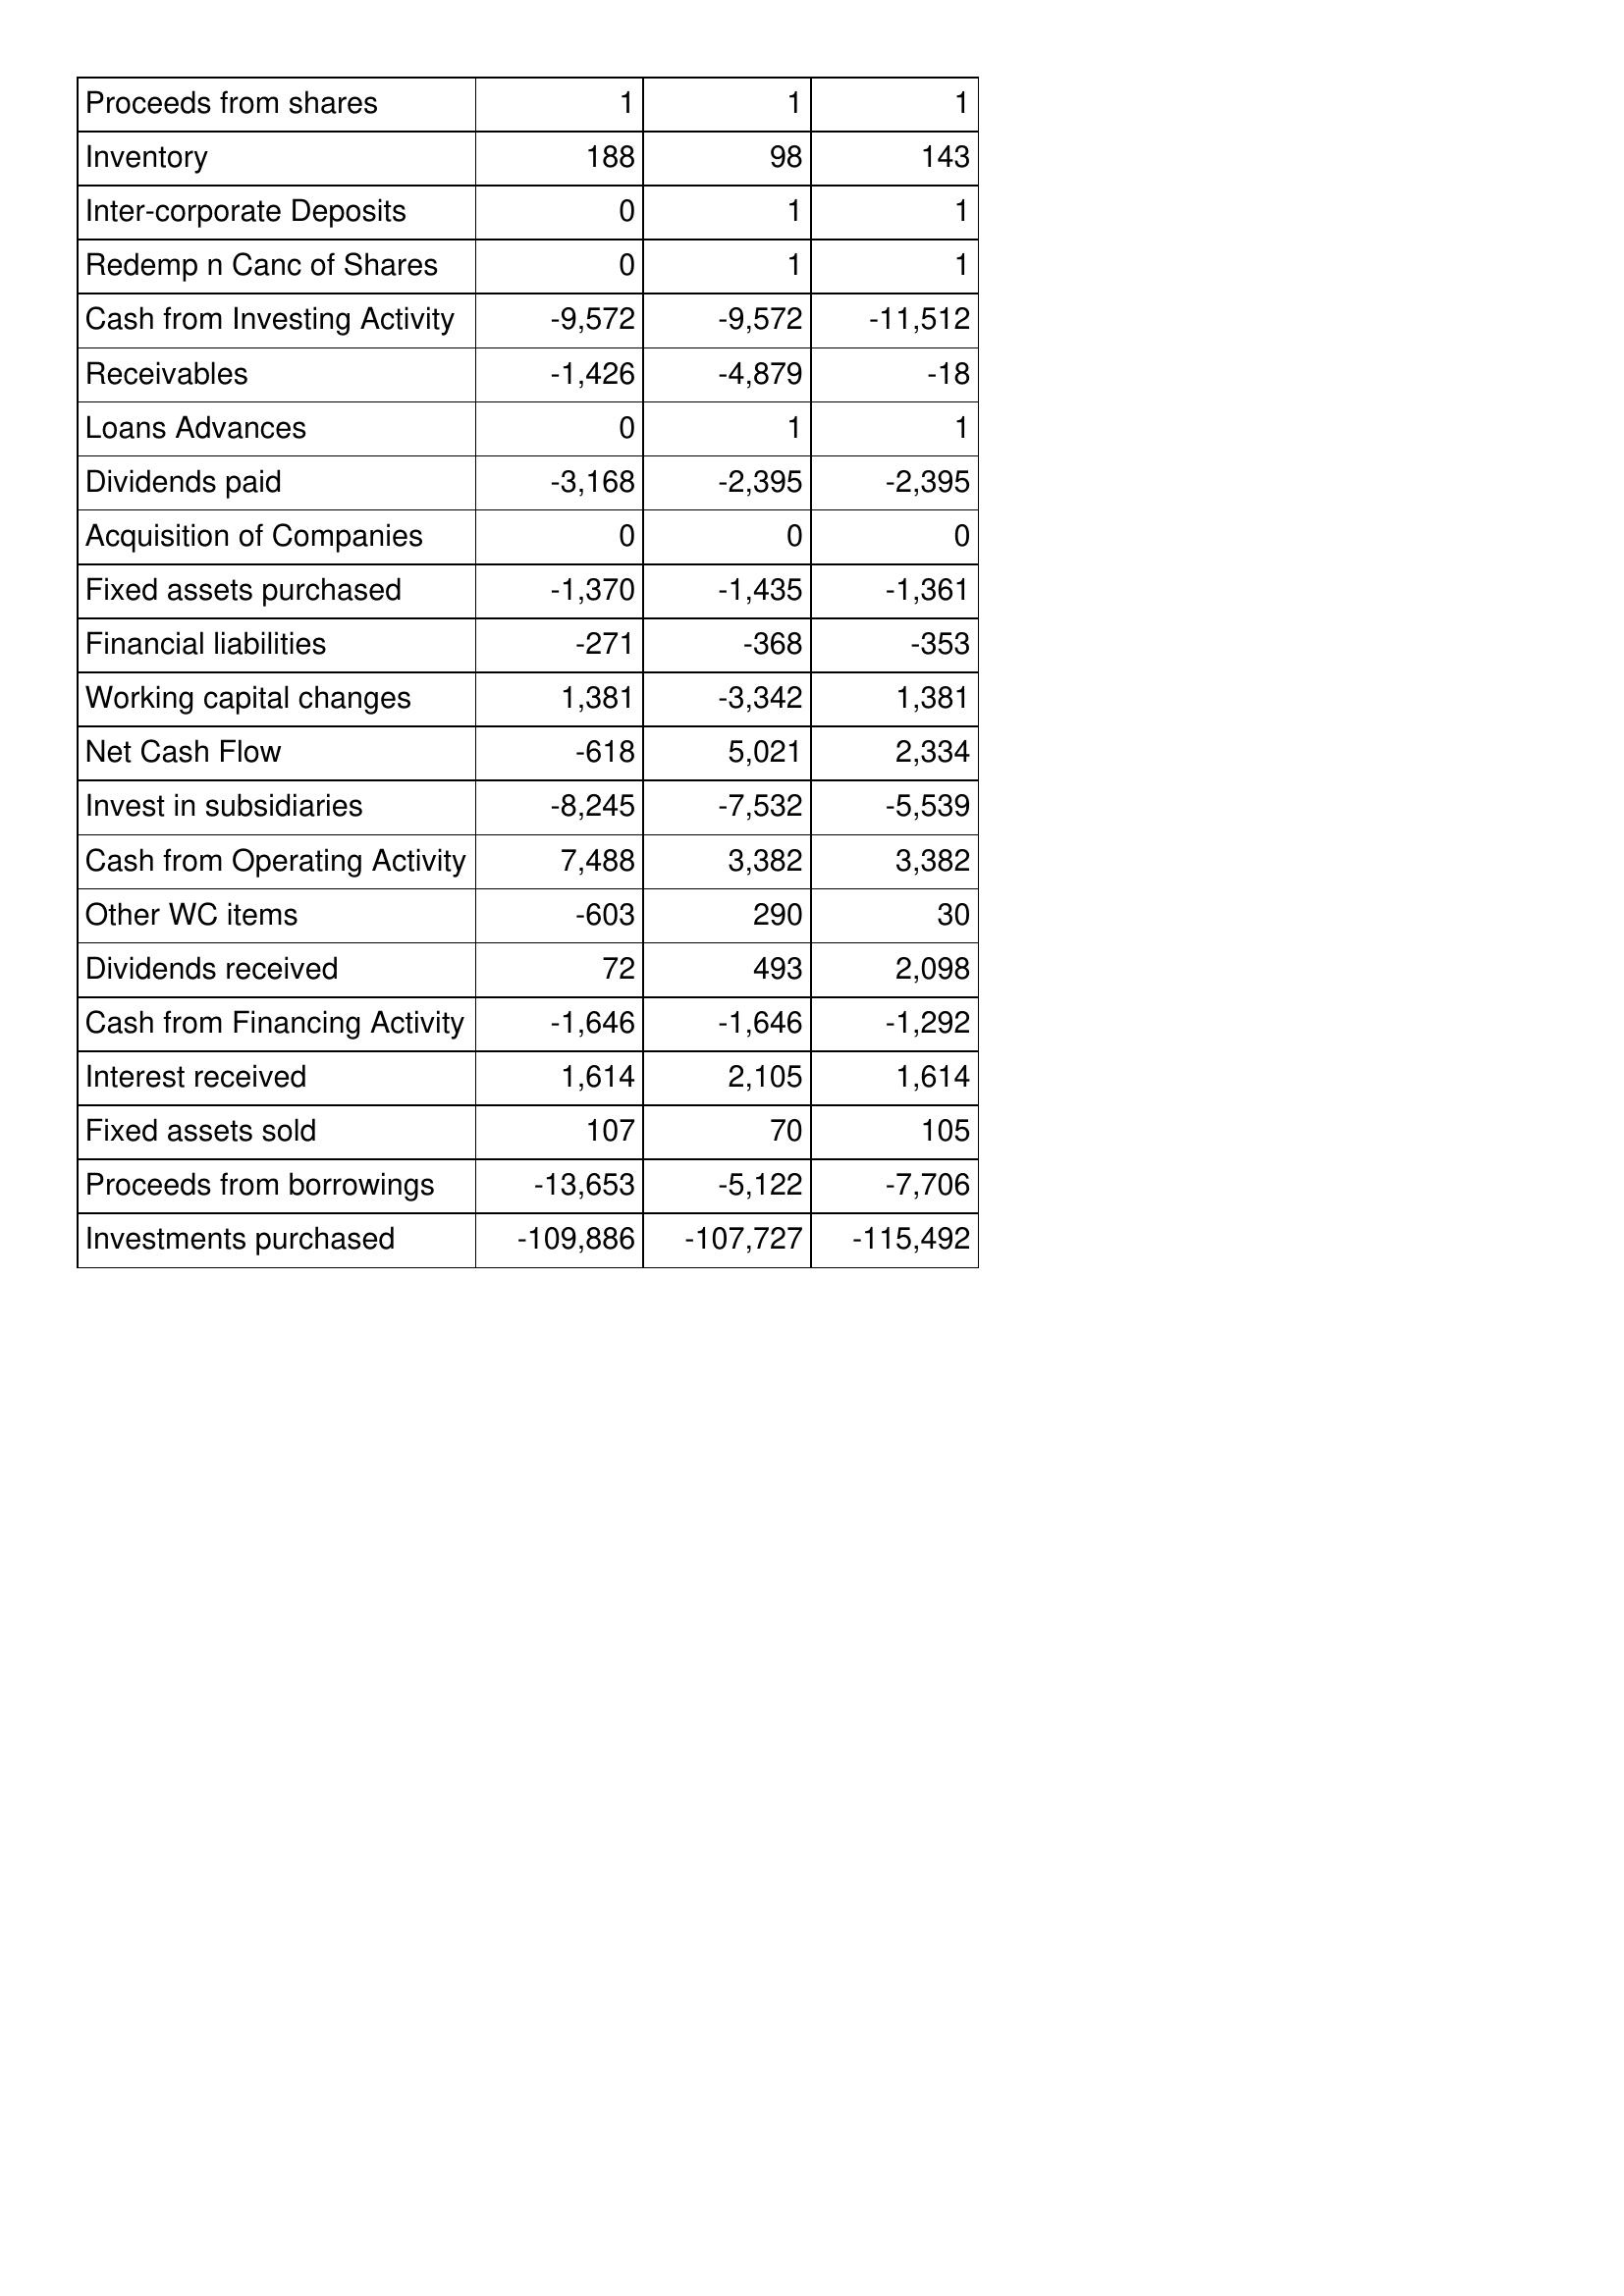
Feb-12: Cash Flows: Proceeds from shares: 1
Inventory: 188
Inter-corporate Deposits: 0
Redemp n Canc of Shares: 0
Cash from Investing Activity: -9,572
Receivables: -1,426
Loans Advances: 0
Dividends paid: -3,168
Acquisition of Companies: 0
Fixed assets purchased: -1,370
Financial liabilities: -271
Working capital changes: 1,381
Net Cash Flow: -618
Invest in subsidiaries: -8,245
Cash from Operating Activity: 7,488
Other WC items: -603
Dividends received: 72
Cash from Financing Activity: -1,646
Interest received: 1,614
Fixed assets sold: 107
Proceeds from borrowings: -13,653
Investments purchased: -109,886
Feb-13: Cash Flows: Proceeds from shares: 1
Inventory: 98
Inter-corporate Deposits: 1
Redemp n Canc of Shares: 1
Cash from Investing Activity: -9,572
Receivables: -4,879
Loans Advances: 1
Dividends paid: -2,395
Acquisition of Companies: 0
Fixed assets purchased: -1,435
Financial liabilities: -368
Working capital changes: -3,342
Net Cash Flow: 5,021
Invest in subsidiaries: -7,532
Cash from Operating Activity: 3,382
Other WC items: 290
Dividends received: 493
Cash from Financing Activity: -1,646
Interest received: 2,105
Fixed assets sold: 70
Proceeds from borrowings: -5,122
Investments purchased: -107,727
Feb-14: Cash Flows: Proceeds from shares: 1
Inventory: 143
Inter-corporate Deposits: 1
Redemp n Canc of Shares: 1
Cash from Investing Activity: -11,512
Receivables: -18
Loans Advances: 1
Dividends paid: -2,395
Acquisition of Companies: 0
Fixed assets purchased: -1,361
Financial liabilities: -353
Working capital changes: 1,381
Net Cash Flow: 2,334
Invest in subsidiaries: -5,539
Cash from Operating Activity: 3,382
Other WC items: 30
Dividends received: 2,098
Cash from Financing Activity: -1,292
Interest received: 1,614
Fixed assets sold: 105
Proceeds from borrowings: -7,706
Investments purchased: -115,492